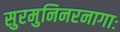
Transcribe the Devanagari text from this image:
सुरमुनिनरनागाः